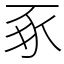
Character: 豖